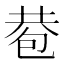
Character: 𢁀